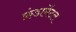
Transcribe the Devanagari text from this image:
फ़ंडामेंटल